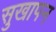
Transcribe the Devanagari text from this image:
सुखापन